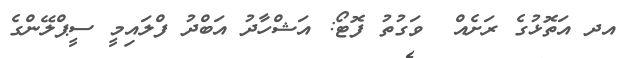
އދ އަތޮޅުގެ ރަށެއް  ވަގުތު ފޮޓޯ: އަޝްހާދު އަބްދު ފްލައިމީ ސީޕްލޭންގެ